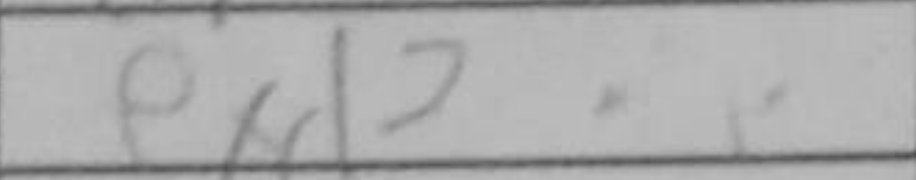
Transcription: exd2